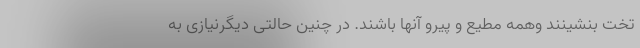
تخت بنشینند وهمه مطیع و پیرو آنها باشند. در چنین حالتی دیگرنیازی به